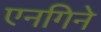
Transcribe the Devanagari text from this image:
एनगिने